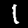
Digit: 1